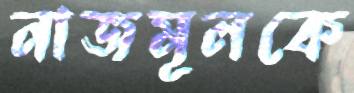
নাজমূলকে